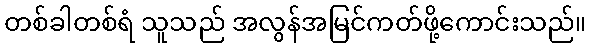
တစ်ခါတစ်ရံ သူသည် အလွန်အမြင်ကတ်ဖို့ကောင်းသည်။